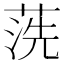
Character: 𱽽